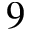
9